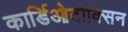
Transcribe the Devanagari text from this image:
कार्डिओटोक्सिन